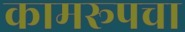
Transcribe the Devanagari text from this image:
कामरूपचा